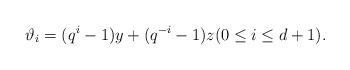
LaTeX: \begin{align*}\vartheta_i = (q^i-1)y+(q^{-i}-1)z (0\leq i \leq d+1).\end{align*}